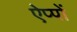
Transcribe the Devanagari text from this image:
ऐप्पों